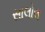
સાલોલ